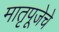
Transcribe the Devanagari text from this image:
मातृपूजेचे